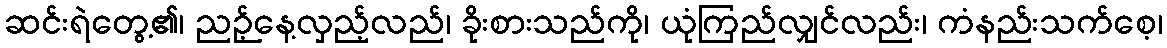
ဆင်းရဲတွေ့၏၊ ညဉ့်နေ့လှည့်လည်၊ ခိုးစားသည်ကို၊ ယုံကြည်လျှင်လည်း၊ ကံနည်းသက်စေ့၊